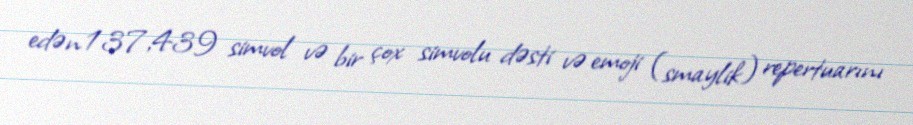
edən 137,439 simvol və bir çox simvolu dəsti və emoji (smaylik) repertuarını